Vaccination in Bombay 1889-1901 - 1889-1901
Year: 1889
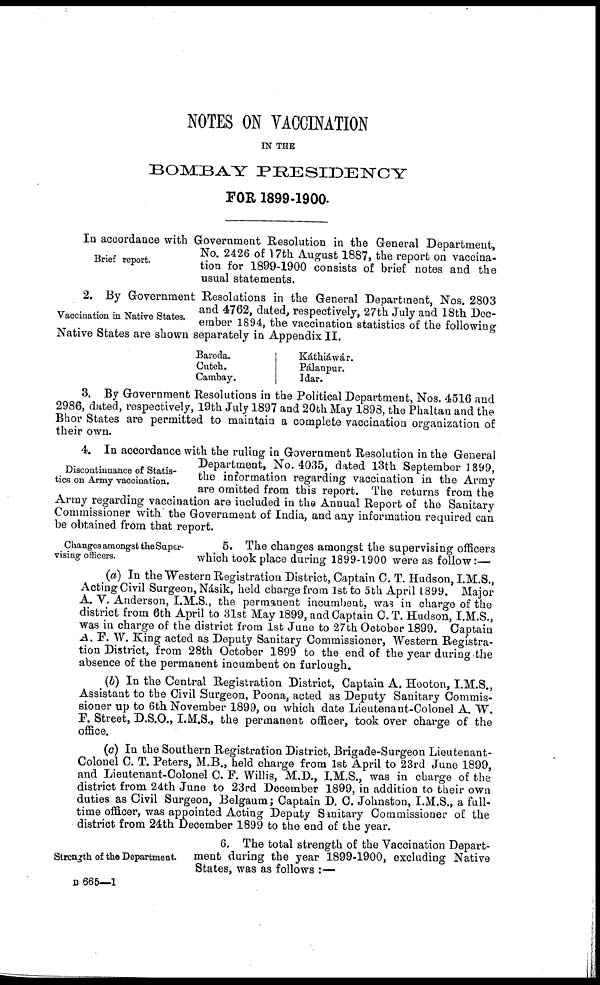
NOTES ON VACCINATION
IN THE
BOMBAY PRESIDENCY
FOR 1899-1900.
Brief report.
In accordance with Government Resolution in the General Department,
No. 2426 of 17th August 1887, the report on vaccina-
tion for 1899-1900 consists of brief notes and the
usual statements.
Vaccination in Native States.
2. By Government Resolutions in the General Department, Nos. 2803
and 4762, dated, respectively, 27th July and 18th Dec-
ember 1894, the vaccination statistics of the following
Native States are shown separately in Appendix II.
Baroda.
Cutch.
Cambay.
Káthiáwár.
Pálanpur.
Idar.
3. By Government Resolutions in the Political Department, Nos. 4516 and
2986, dated, respectively, 19th July 1897 and 20th May 1898, the Phaltan and the
Bhor States are permitted to maintain a complete vaccination organization of
their own.
Discontinuance of Statis-
tics on Army vaccination.
4. In accordance with the ruling in Government Resolution in the General
Department, No. 4035, dated 13th September 1899,
the information regarding vaccination in the Army
are omitted from this report. The returns from the
Army regarding vaccination are included in the Annual Report of the Sanitary
Commissioner with the Government of India, and any information required can
be obtained from that report.
Changes amongst the Super-
vising officers.
5. The changes amongst the supervising officers
which took place during 1899-1900 were as follow:—
(a) In the Western Registration District, Captain C. T. Hudson, I.M.S.,
Acting Civil Surgeon, Násik, held charge from 1st to 5th April 1899. Major
A. V. Anderson, I.M.S., the permanent incumbent, was in charge of the
district from 6th April to 31st May 1899, and Captain C. T. Hudson, I.M.S.,
was in charge of the district from 1st June to 27th October 1899. Captain
A. F. W. King acted as Deputy Sanitary Commissioner, Western Registra-
tion District, from 28th October 1899 to the end of the year during the
absence of the permanent incumbent on furlough.
(b) In the Central Registration District, Captain A. Hooton, I.M.S.,
Assistant to the Civil Surgeon, Poona, acted as Deputy Sanitary Commis-
sioner up to 6th November 1899, on which date Lieutenant-Colonel A. W.
F. Street, D.S.O., I.M.S., the permanent officer, took over charge of the
office.
(c) In the Southern Registration District, Brigade-Surgeon Lieutenant-
Colonel C. T. Peters, M.B., held charge from 1st April to 23rd June 1899,
and Lieutenant-Colonel C. F. Willis, M.D., I.M.S., was in charge of the
district from 24th June to 23rd December 1899, in addition to their own
duties as Civil Surgeon, Belgaum; Captain D. C. Johnston, I.M.S., a full-
time officer, was appointed Acting Deputy Sanitary Commissioner of the
district from 24th December 1899 to the end of the year.
Strength of the Department.
6. The total strength of the Vaccination Depart-
ment during the year 1899-1900, excluding Native
States, was as follows :—
B665—1